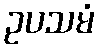
ဥပသမံ